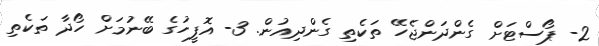
2- ޕޯސްޓަށް ގެންދަންޖެހޭ ތަކެތި ގެންދިއުން. 3- އޮފީހުގެ ބޭނުމަށް ހޯދާ ތަކެތި